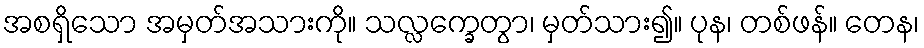
အစရှိသော အမှတ်အသားကို။ သလ္လက္ခေတွာ၊ မှတ်သား၍။ ပုန၊ တစ်ဖန်။ တေန၊